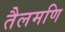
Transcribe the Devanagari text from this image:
तैलमणि